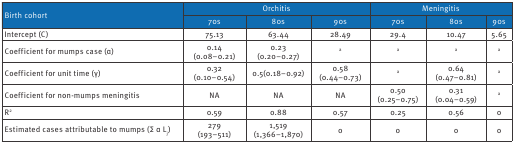
<table><thead><tr><td rowspan="2"><b>Birth cohort</b></td><td colspan="3"><b>Orchitis</b></td><td colspan="3"><b>Meningitis</b></td></tr><tr><td><b>70s</b></td><td><b>80s</b></td><td><b>90s</b></td><td><b>70s</b></td><td><b>80s</b></td><td><b>90s</b></td></tr></thead><tbody><tr><td>Intercept (C)</td><td>75.13</td><td>63.44</td><td>28.49</td><td>29.4</td><td>10.47</td><td>5.65</td></tr><tr><td>Coefficient for mumps case (α)</td><td>0.14(0.08–0.21)</td><td>0.23(0.20–0.27)</td><td><sup>a </sup></td><td><sup>a </sup></td><td><sup>a </sup></td><td><sup> a</sup></td></tr><tr><td>Coefficient for unit time (γ)</td><td>0.32(0.10–0.54)</td><td>0.5(0.18–0.92)</td><td>0.58(0.44–0.73)</td><td><sup>a </sup></td><td>0.64(0.47–0.81)</td><td><sup>a </sup></td></tr><tr><td>Coefficient for non-mumps meningitis</td><td>NA</td><td>NA</td><td>NA</td><td>0.50(0.25–0.75)</td><td>0.31(0.04–0.59)</td><td><sup>a </sup></td></tr><tr><td>R<sup>2</sup></td><td>0.59</td><td>0.88</td><td>0.57</td><td>0.25</td><td>0.56</td><td>0</td></tr><tr><td>Estimated cases attributable to mumps (∑ α L<sub>j</sub>)</td><td>279(193–511)</td><td>1,519(1,366–1,870)</td><td>0</td><td>0</td><td>0</td><td>0</td></tr></tbody></table>